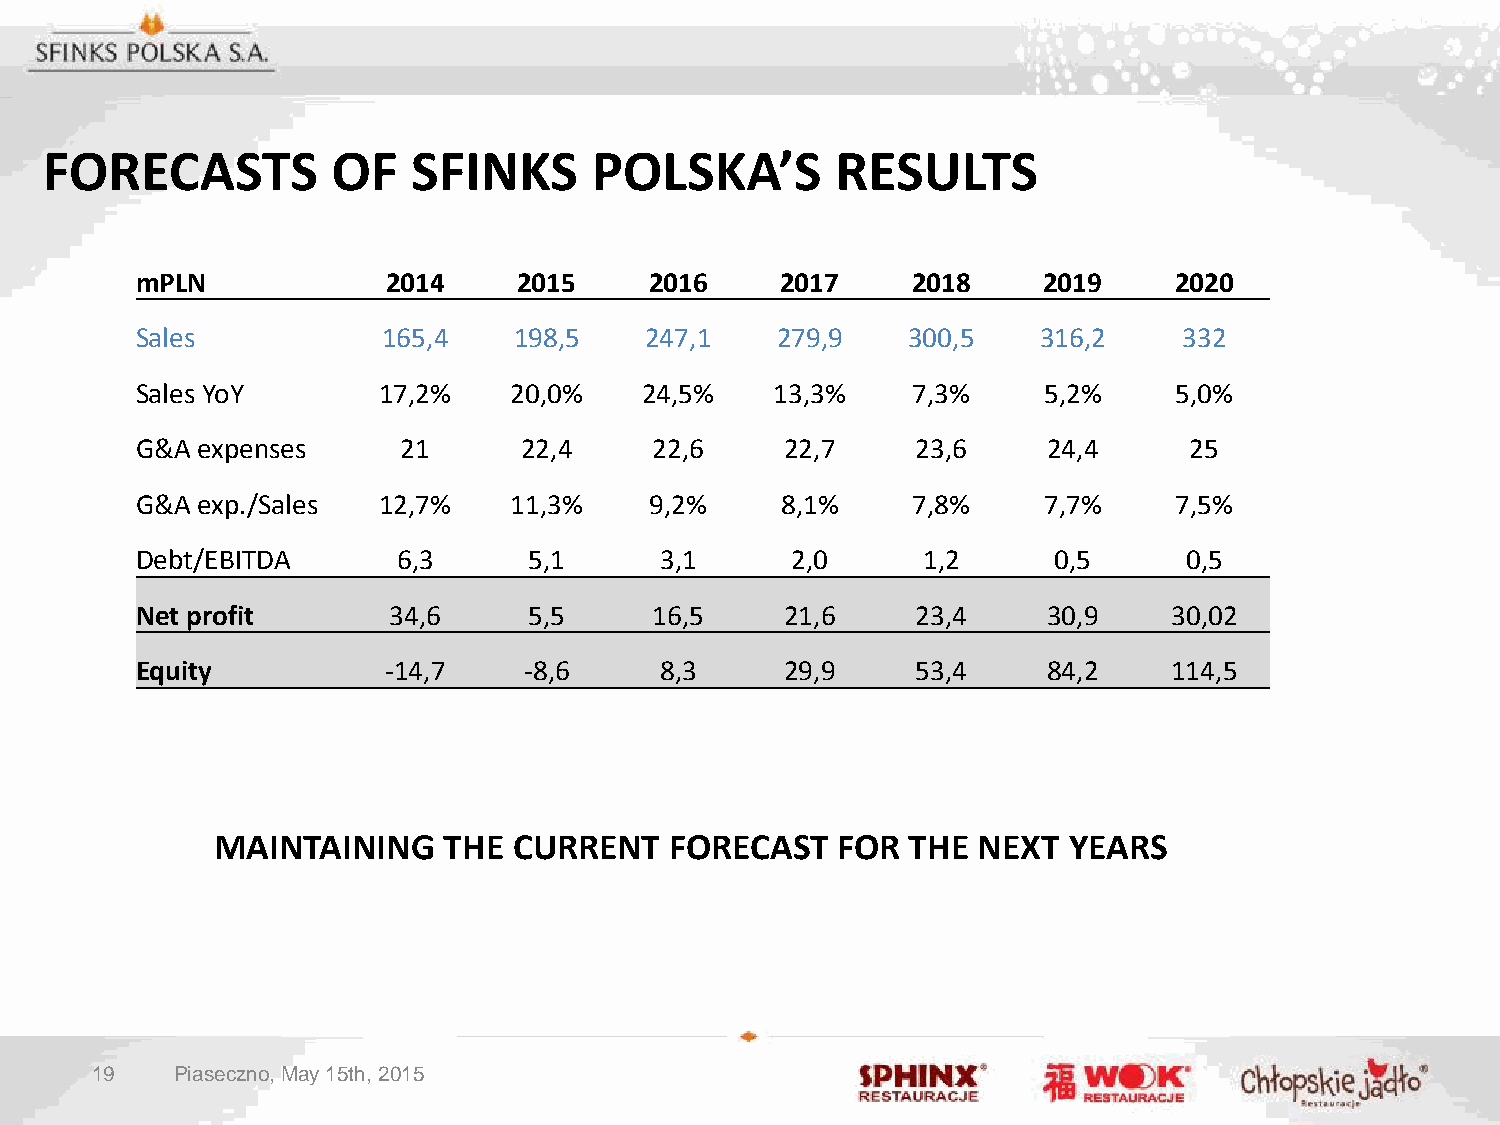
FORECASTS          OF   SFINKS      POLSKA’S        RESULTS
 mPLN             2014    2015     2016     2017    2018     2019     2020
 Sales           165,4    198,5    247,1   279,9    300,5    316,2    332
 Sales YoY       17,2%    20,0%   24,5%    13,3%    7,3%     5,2%     5,0%
 G&A expenses      21     22,4     22,6     22,7     23,6    24,4      25
 G&A exp./Sales  12,7%    11,3%    9,2%     8,1%    7,8%     7,7%     7,5%
 Debt/EBITDA      6,3      5,1      3,1     2,0      1,2      0,5      0,5
 Net profit       34,6     5,5     16,5     21,6     23,4    30,9     30,02
 Equity          -14,7     -8,6     8,3     29,9     53,4    84,2     114,5
 MAINTAINING    THE  CURRENT   FORECAST   FOR  THE  NEXT  YEARS
 19    Piaseczno, May 15th, 2015